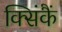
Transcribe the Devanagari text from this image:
क्सिंकैं